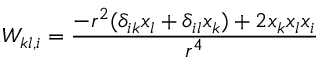
W _ { k l , i } = \frac { - r ^ { 2 } ( \delta _ { i k } x _ { l } + \delta _ { i l } x _ { k } ) + 2 x _ { k } x _ { l } x _ { i } } { r ^ { 4 } }